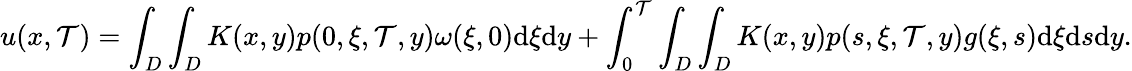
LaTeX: u(x,\mathcal{T})=\int_{D}\int_{D}K(x,y)p(0,\xi,\mathcal{T},y)\omega(\xi,0)\textrm{{d}}\xi\textrm{{d}}y+\int_{0}^{\mathcal{T}}\int_{D}\int_{D}K(x,y)p(s,\xi,\mathcal{T},y)g(\xi,s)\textrm{{d}}\xi\textrm{{d}}s\textrm{{d}}y.